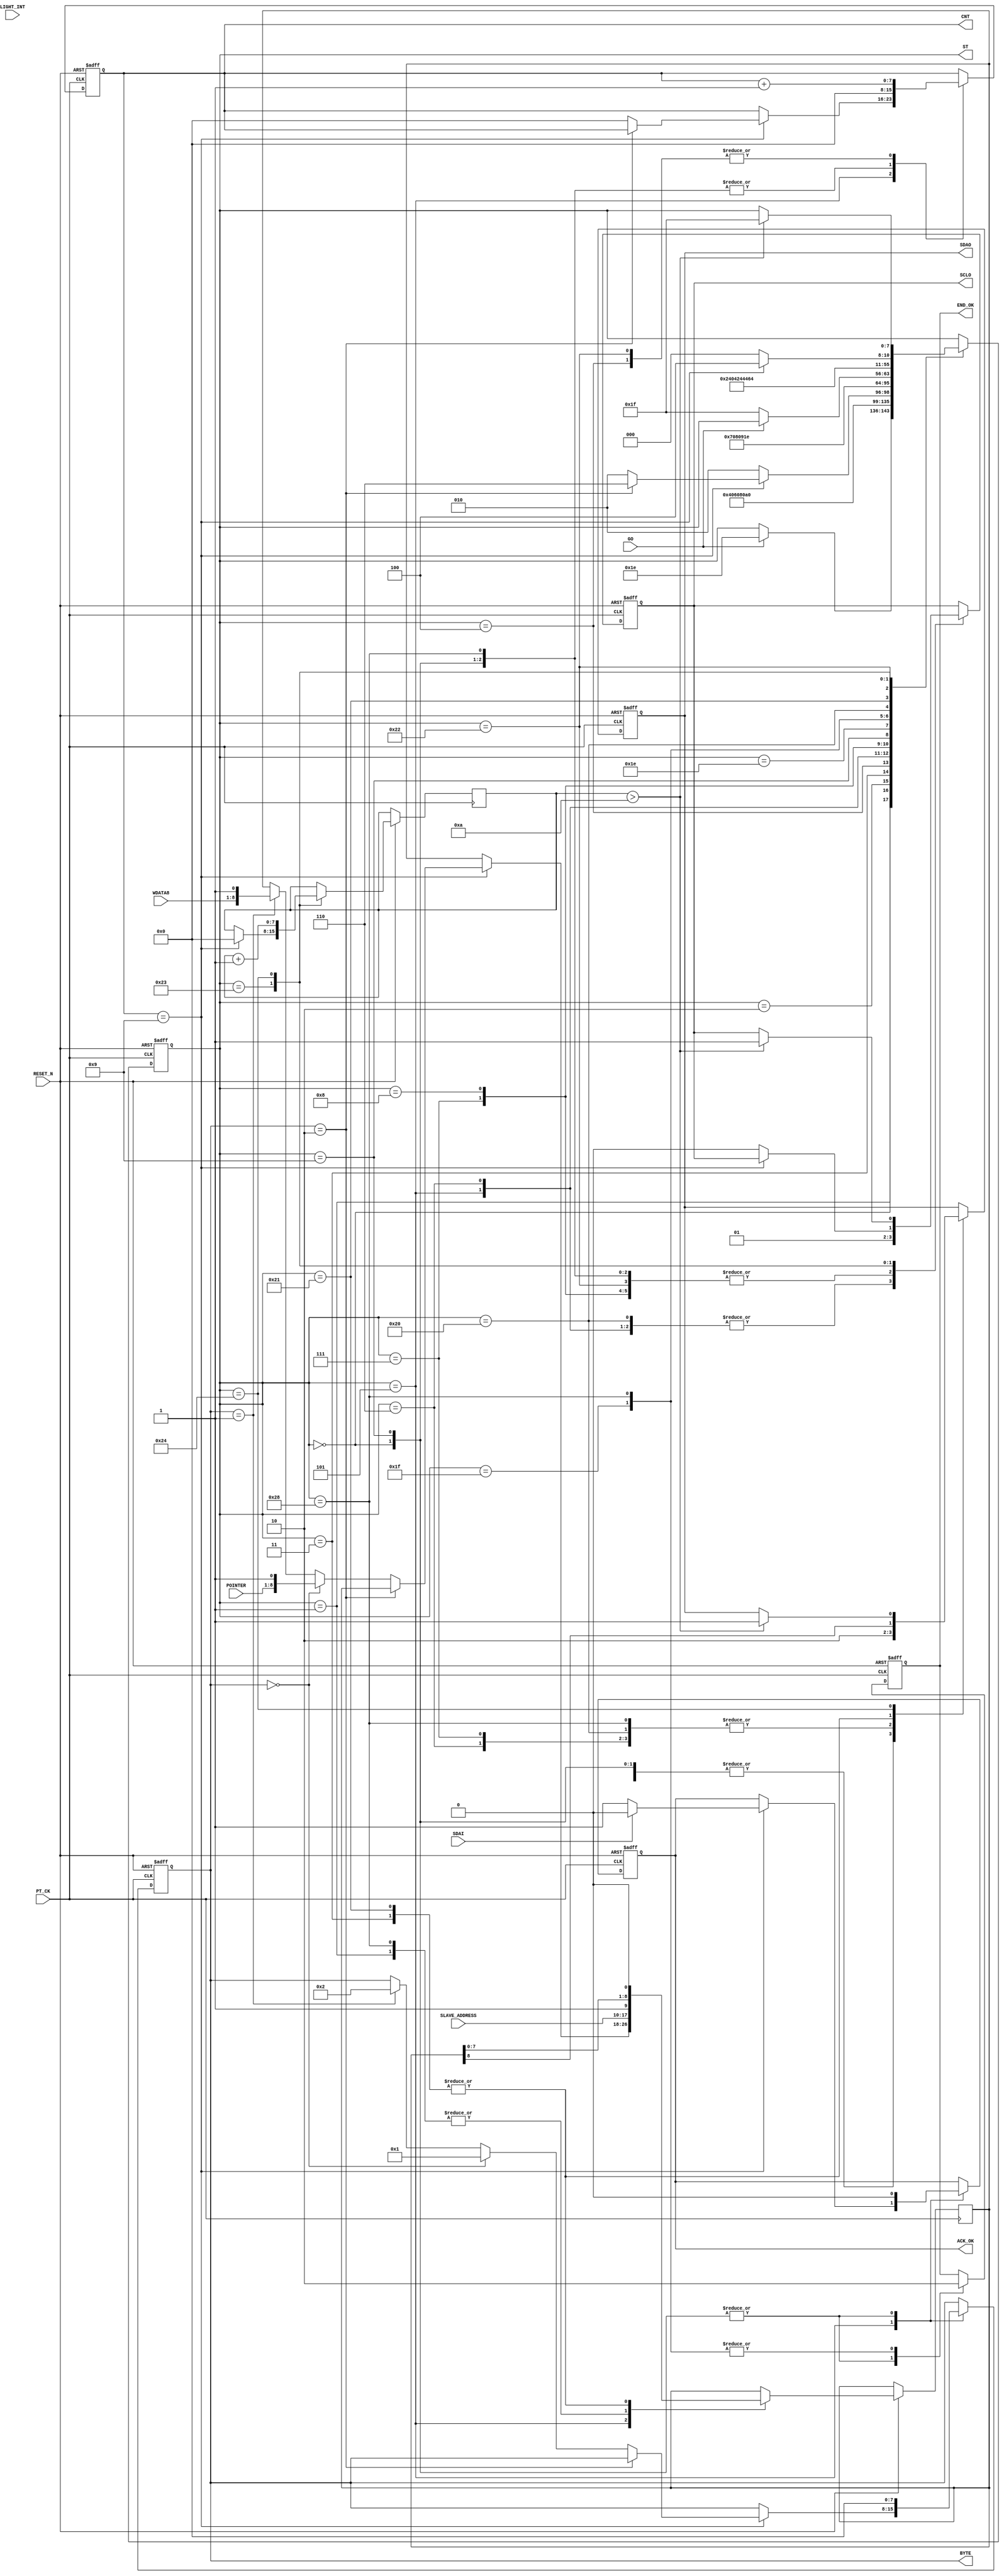
module I2C_WRITE_BYTE  (
   input  				RESET_N ,
	input      		  	PT_CK,
	input      		  	GO,
	input             LIGHT_INT ,
	input      [7:0] 	POINTER,
	input      [7:0] 	SLAVE_ADDRESS,	
	input      [7:0]	WDATA8,		
	input            	SDAI,
	output reg       	SDAO,
	output reg       	SCLO,
	output reg       	END_OK,
	
	//--for test 
	output reg [7:0] 	ST ,
	output reg [7:0] 	CNT,
	output reg [7:0] 	BYTE,
	output reg       	ACK_OK
);
//=======================================================
//  REG/WIRE declarations
//=======================================================
reg   [8:0]A ;
reg   [7:0]DELY ;
  
//=======================================================
//  Structural coding
//=======================================================	

always @( negedge RESET_N or posedge  PT_CK )begin
if (!RESET_N  ) begin 
 ST <=0;
 		      SDAO   <=1; 
	         SCLO   <=1;
	         ACK_OK <=0;
	         CNT    <=0;
	         END_OK <=1;
	         BYTE   <=0;	
end  
else 
	  case (ST)
	    0: begin  //start 		      
		      SDAO   <=1; 
	         SCLO   <=1;
	         ACK_OK <=0;
	         CNT    <=0;
	         END_OK <=1;
	         BYTE   <=0;	
	         if (GO) ST  <=30 ; // inital 							
		    end	  
	    1: begin  //start 
		      ST <=2 ; 
			   { SDAO,  SCLO } <= 2'b01; 
				A <= {SLAVE_ADDRESS ,1'b1 };//WRITE COMMAND
		    end
	    2: begin  //start 
		      ST <=3 ; 
			   { SDAO,  SCLO } <= 2'b00; 
		    end
			 
	    3: begin  //start 
		      ST <=4 ; 
			   { SDAO, A } <= { A ,1'b0 }; 
		    end
	    4: begin  //start 
		      ST <=5 ; 
			   SCLO <= 1'b1 ; 
				CNT <= CNT +1 ;
		    end
			 
	    5: begin  //start 
			   SCLO <= 1'b0 ; 
			   if (CNT==9) begin
				     if ( BYTE ==2)  ST <= 6 ; 
					  else  begin 
					           CNT <=0 ; 
					           ST <= 2 ;
					                if ( BYTE ==0 ) begin BYTE <=1  ; A <= {POINTER ,1'b1 }; end 
								  else if ( BYTE ==1 ) begin BYTE <=2  ; A <= {WDATA8[7:0] ,1'b1 }; end 
							  end
					  if ( !SDAI) ACK_OK <=1 ; 
					  else ACK_OK <=0 ; 
				 end
				 else ST <= 2;
		    end

	    6: begin          //stop
		      ST <=7 ; 
			   { SDAO,  SCLO } <= 2'b00; 
         end

	    7: begin          //stop
		      ST <=8 ; 
			   { SDAO,  SCLO } <= 2'b01; 
         end
	    8: begin          //stop
		      ST <=9 ; 
			   { SDAO,  SCLO } <= 2'b11; 
						
         end //stop
		9:	begin
		      ST     <= 30; 
				SDAO   <=1; 
	         SCLO   <=1;
	         ACK_OK <=0;
	         CNT    <=0;
	         END_OK <=1;
	         BYTE   <=0;
		     end
		//--- END ---
		  30: begin
            if (!GO) ST  <=31;
          end			
		   31: begin  //
		      END_OK<=0;
				ST    <=1;	
			end	
	  //---SLEEP UP-----		 
	    40: begin  //
		      END_OK<=0;
				CNT <=0 ; 
		      ST <=32 ; 
			   { SDAO,  SCLO } <= 2'b01; 
				A <= {SLAVE_ADDRESS ,1'b1 };//WRITE COMMAND
		    end
	    32: begin  //start 
		      ST <=33 ; 
			   { SDAO,  SCLO } <= 2'b00; 
		    end			 
	    33: begin  //start 
		      ST <=34 ; 
			   { SDAO, A } <= { A ,1'b0 }; 
		    end
	    34: begin  //start 
		      ST <=35 ; 
			   SCLO <= 1'b1 ; 
				CNT <= CNT +1 ;
		    end
			 
	    35: begin  
			  
			  if (CNT==9)  begin DELY<=0;  ST <= 36;end 
			  else begin ST <= 32; SCLO <= 1'b0 ; end 
		    end	
 			 
	    36: begin  
		         DELY<=DELY+1;
				   if ( DELY > 10 )  begin 
							  ST <= 31 ;  { SDAO,  SCLO } <= 2'b11; 

			      end
			end		
	  endcase 
 end
 
endmodule